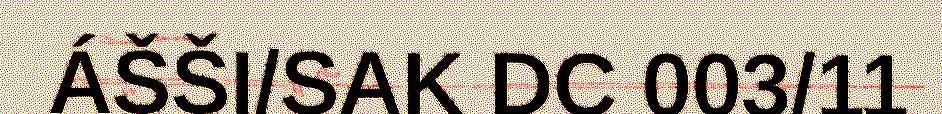
ÁŠŠI/SAK DC 003/11